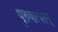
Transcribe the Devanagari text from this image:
पुरुषात्परम्